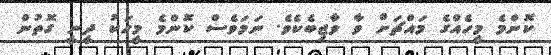
ކޮންމެ މީހެއްގެ މައްޗަށް ވާ ވާޖިބެކެވެ. ނަމަވެސް ކޮންމެ މީހަކު ދީނީ ގޮތުން